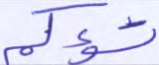
تسؤكم